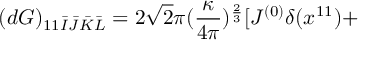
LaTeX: ( d G ) _ { 1 1 \bar { I } \bar { J } \bar { K } \bar { L } } = 2 \sqrt { 2 } \pi ( \frac { \kappa } { 4 \pi } ) ^ { \frac { 2 } { 3 } } [ J ^ { ( 0 ) } \delta ( x ^ { 1 1 } ) +